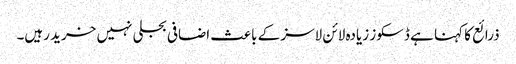
ذرائع کا کہنا ہے ڈسکوز زیادہ لائن لاسز کے باعث اضافی بجلی نہیں خرید رہیں۔